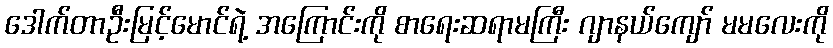
ဒေါက်တာဦးမြင့်မောင်ရဲ့ အကြောင်းကို စာရေးဆရာမကြီး ဂျာနယ်ကျော် မမလေးကို